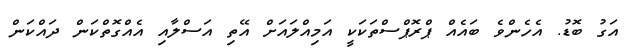
އަގު ބޮޑު. އެހެންވެ ބައެއް ޕްރޮޕްސްތަކަކީ އަމިއްލައަށް އޭތި އަަސްލާއި އެއްގޮތްކަން ދައްކަން